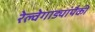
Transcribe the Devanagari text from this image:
रेल्वेगाड्यांपैकी